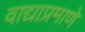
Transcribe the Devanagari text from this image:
वाद्याप्रमाणे